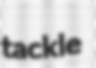
tackle